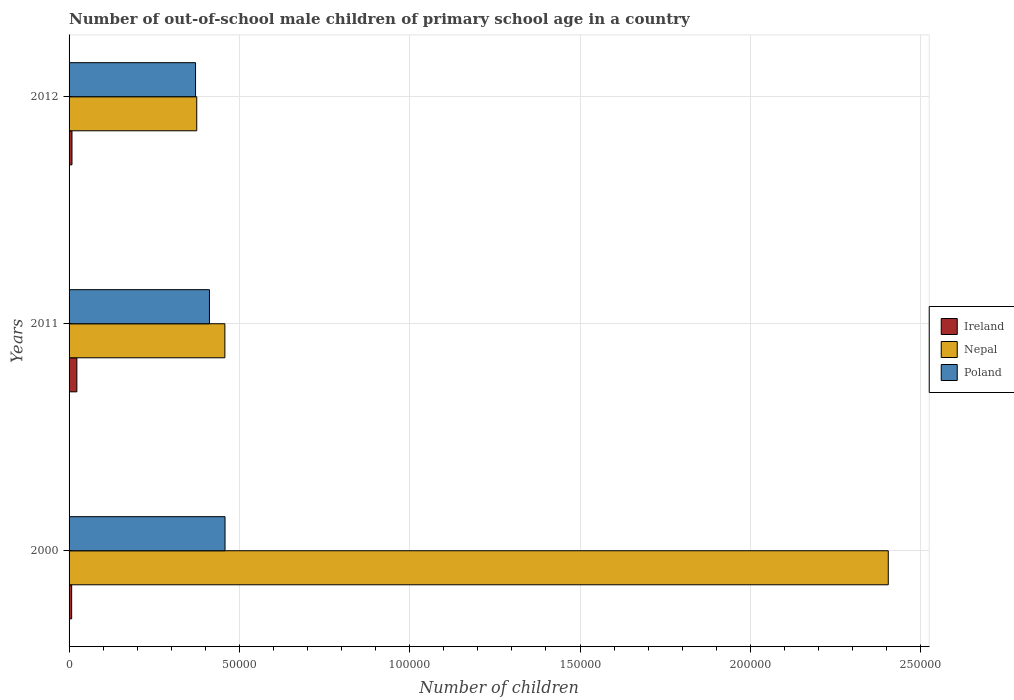
| Years | Ireland | Nepal | Poland |
 | --- | --- | --- | --- |
 | 2000 | 761 | 2.4e+05 | 4.58e+04 |
 | 2011 | 2.29e+03 | 4.57e+04 | 4.12e+04 |
 | 2012 | 857 | 3.75e+04 | 3.71e+04 |